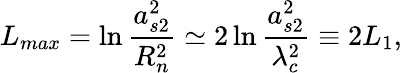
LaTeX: L_{max}=\ln\frac{a_{s2}^{2}}{R_{n}^{2}}\simeq 2\ln\frac{a_{s2}^{2}}{\lambda_{c}^{2}}\equiv 2L_{1},